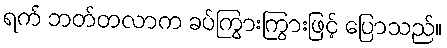
ရက် ဘတ်တလာက ခပ်ကြွားကြွားဖြင့် ပြောသည်။